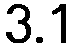
3.1